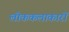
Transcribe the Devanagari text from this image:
लोककलाकारों